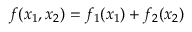
f ( x _ { 1 } , x _ { 2 } ) = f _ { 1 } ( x _ { 1 } ) + f _ { 2 } ( x _ { 2 } )